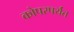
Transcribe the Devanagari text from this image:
कोपरपर्यंत